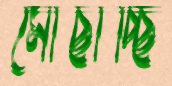
মোছাচ্ছি